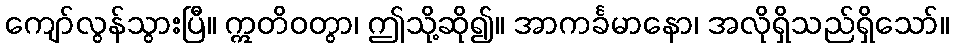
ကျော်လွန်သွားပြီ။ ဣတိဝတွာ၊ ဤသို့ဆို၍။ အာကင်္ခမာနော၊ အလိုရှိသည်ရှိသော်။